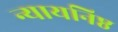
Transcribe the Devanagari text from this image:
न्यायनिष्ठ